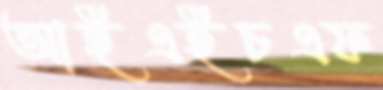
আইএইচএফ